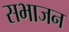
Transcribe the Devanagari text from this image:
सभाजन